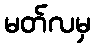
မတ်လမှ